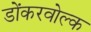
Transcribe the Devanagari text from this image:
डोंकरवोल्क